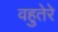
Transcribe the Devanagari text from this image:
वहुतेरे